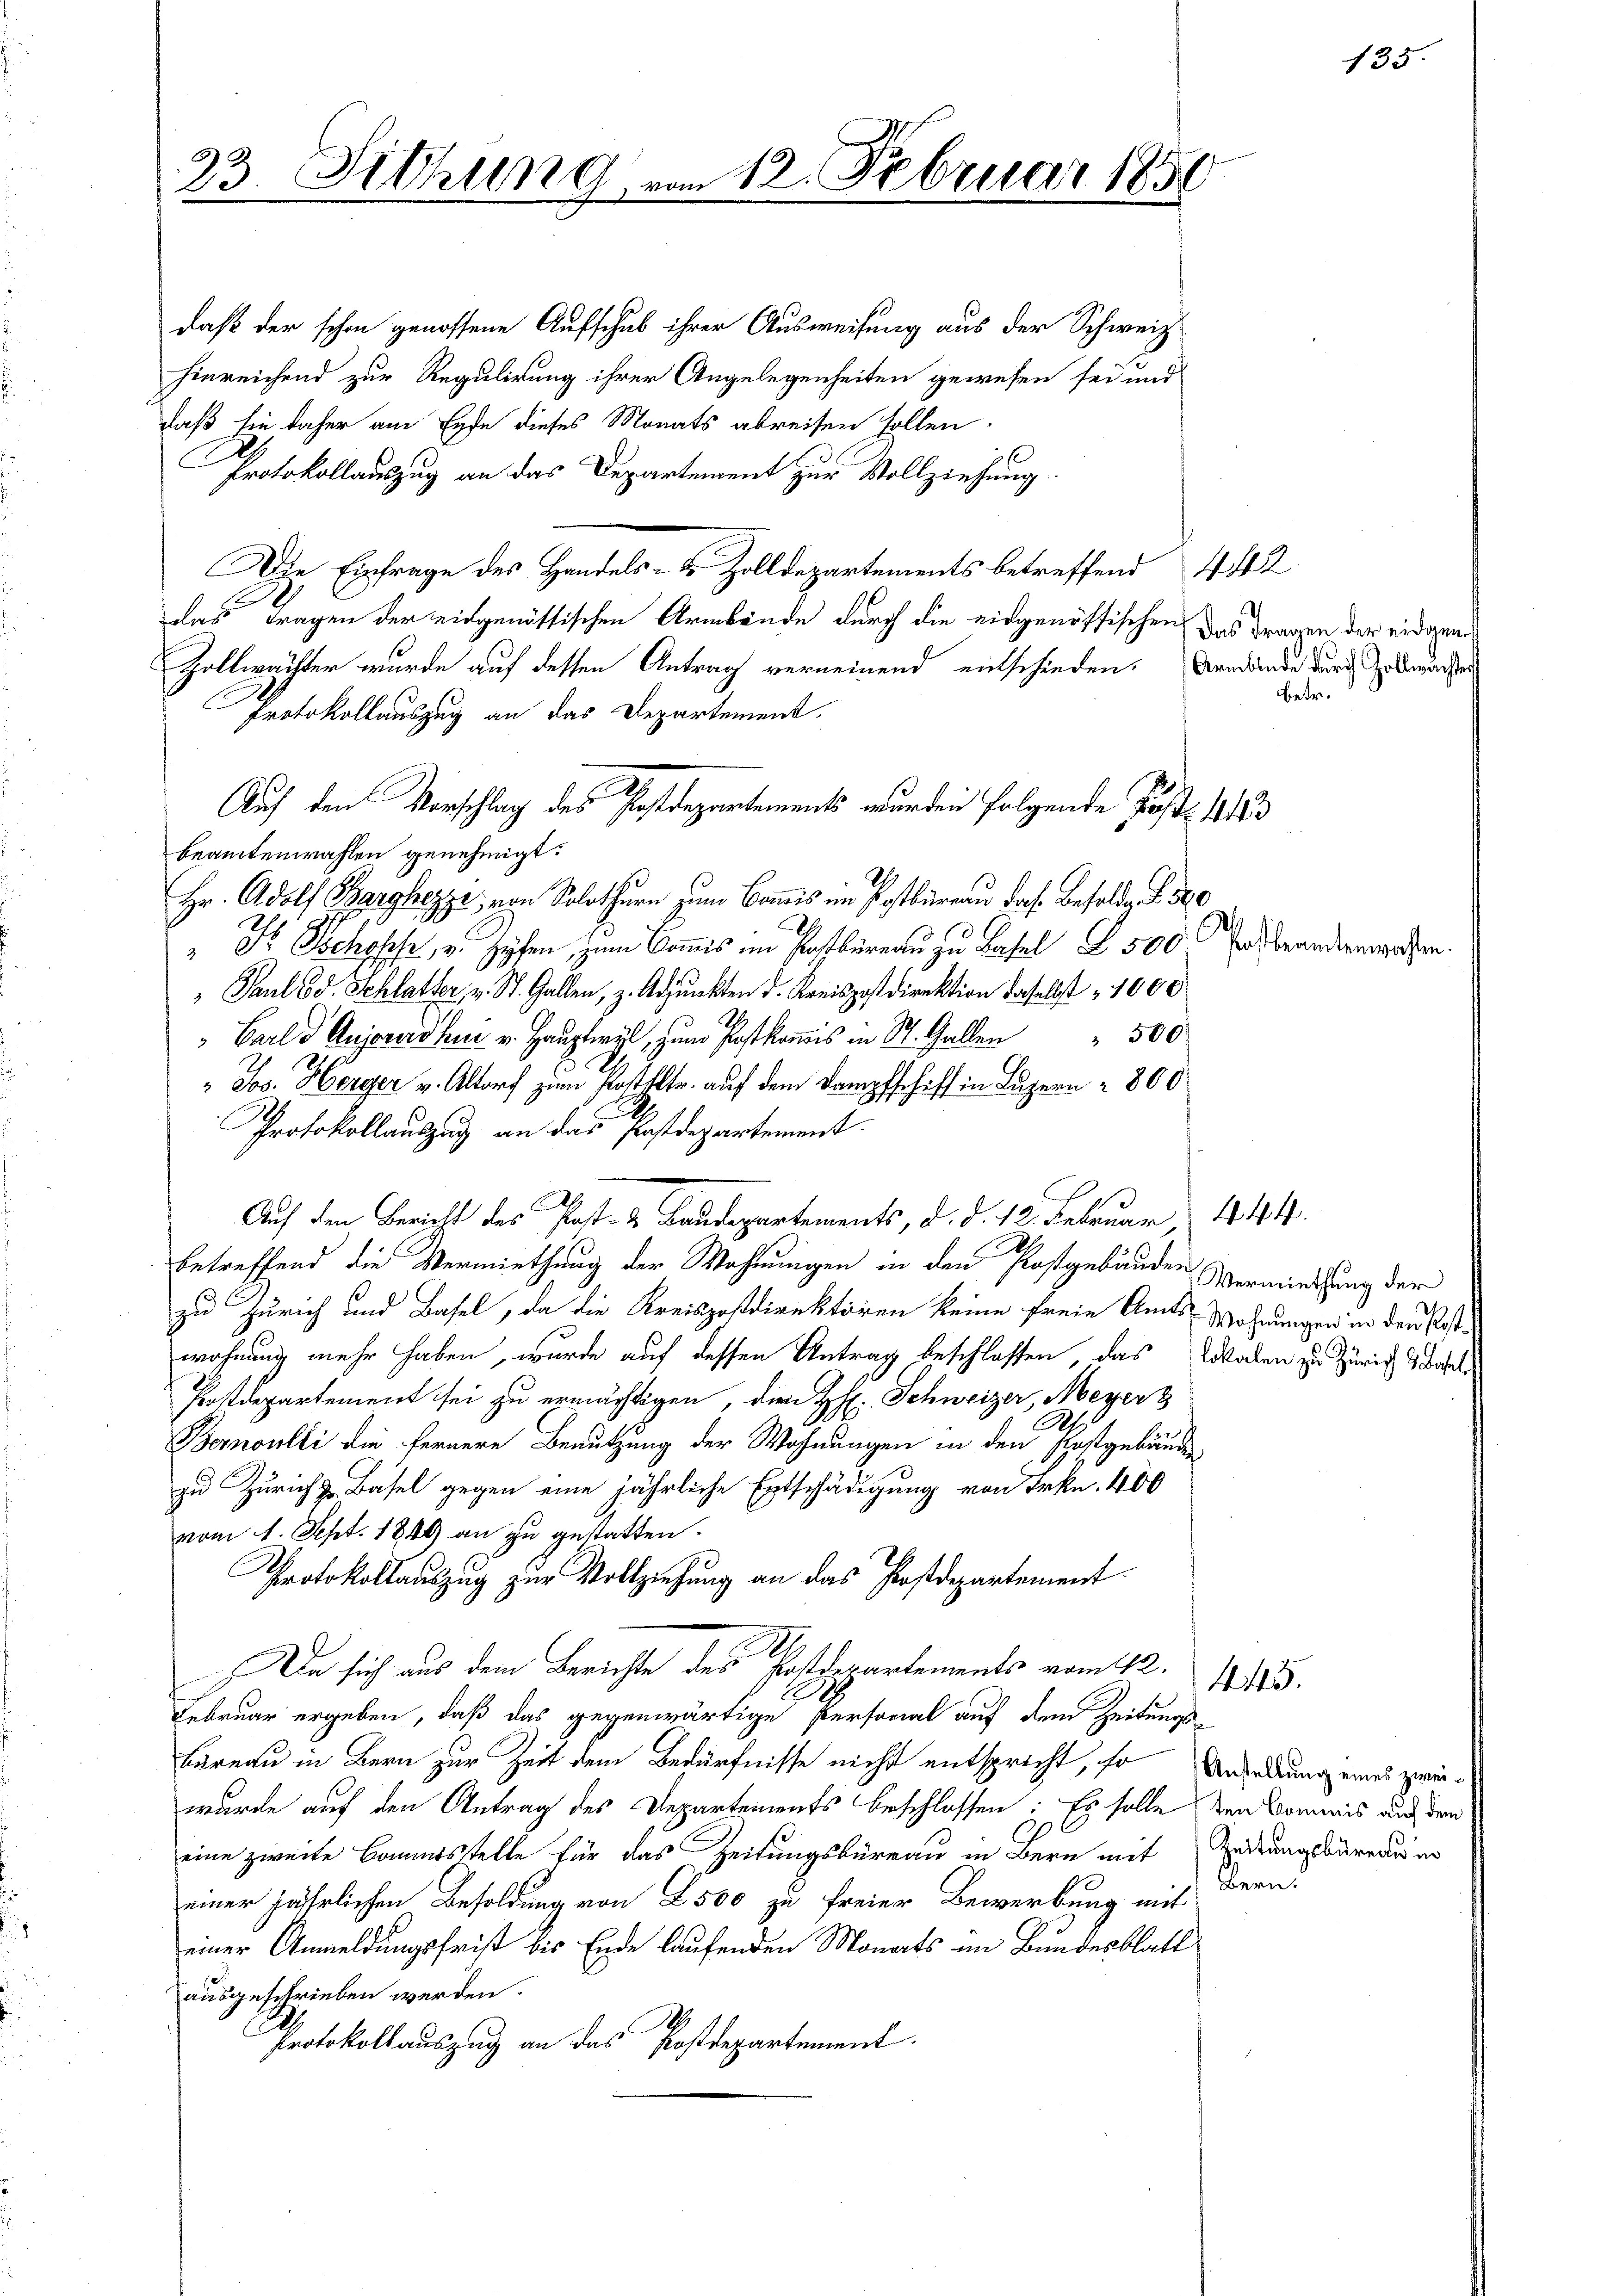
23. Sitzung

daß der schon genossene Aufschub ihrer Ausweisung aus der Schweiz
hinreichend zur Regulirung ihrer Angelegenheiten gewesen sei und
daß sie daher am Ende dieses Monats abreisen sollen
Protokollauszug an das Departement zur Vollziehung.
Die Einfrage des Handels- u. Zolldepartements betreffend 442
as Fragen der eidgenössischen Armbände durch die eidgenössischen Das Fragen der eidgen¬
Zollwächter wurde auf dessen Antrag verneinend entschieden.
Protokollauszug an das Departement.
beamtenwahlen genehmigt.
Hr. Adolf Barghezze, von Solothurn zum Commis im Postbüreau das Besolde d. 30
K Jochoses, v. Zöpfen, zum Commis in Postbüreau zu Basel I 500 Fr. Brandernwesen.
 Paul Ed. Schlatter, v. St. Gallen, z. Adjunkten d. Kreispostdirektion daselbst 1000
r.
" Jos. Herger v. Altorf zum Postpltr. auf dem Dampfschiff in Luzern - 800
Protokollauszug an das Postdepartement
Auf den Bericht des Post- & Baudepartements, d. d. 12. Februar 1844.
betreffend die Vermiethung der Wohnungen in den Postgebäuden Vermietung der
zu Zürich und Basel, da die Kreispostdirektoren keine freie Amts-Wohnungen in den Postwohnung mehr haben, wurde auf dessen Antrag beschlossen, das Walen zu Zürich & dasel
Postdepartement sei zu ermächtigen, die H. Schweizer, Meyer 3
A
Bernoulli die fernere Benutzung der Wohnungen in den Postgebäuden
zu Zürich z. Basel gegen eine jährliche Entschädigung von Frkn. 400
vom 1. Sept. 1849 an zu gestatten.
Protokollauszug zur Vollziehung an das Postdepartement.
Da sich aus dem Berichte des Postdepartements vom 12.
Februar ergeben, daß das gegenwärtige Persorial auf dem Zeitungs-
bureau in Bern zur Zeit dem Bedürfnisse nicht entspricht, so Anderung eines zweiwurde auf den Antrag des Departements beschlossen: Es solle den Commis auf den
.
eine zweite Bauamtsstelle für das Zeitungsbureau in Bern mit Zeitungsbureau er
einer jährlichen Besoldung von 2500 zu freier Bewerbung mit Bern.
einer Anmeldungsfrist bis Ende laufenden Monats im Bundesblatt
ausgeschrieben werden.
.
Protokollauszug an das Postdepartement.

Auf den Vorschlag des Postdepartements wurden folgende Jost 183

12. Februar 1850

445.

135.

Armblade durch Zollwachter
betr.